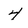
Character: 4